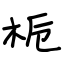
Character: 栀